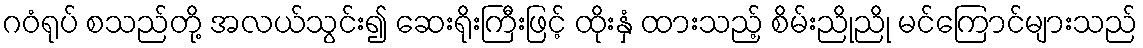
ဂဝံရုပ် စသည်တို့ အလယ်သွင်း၍ ဆေးရိုးကြီးဖြင့် ထိုးနှံ ထားသည့် စိမ်းညိုညို မင်ကြောင်များသည်